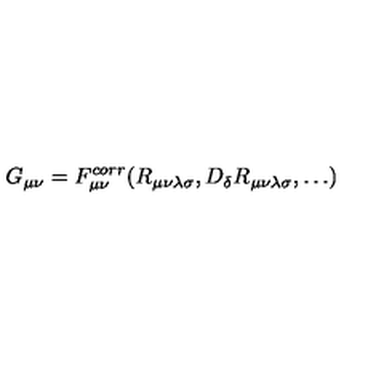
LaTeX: G _ { \mu \nu } = F _ { \mu \nu } ^ { c o r r } ( R _ { \mu \nu \lambda \sigma } , D _ { \delta } R _ { \mu \nu \lambda \sigma } , \dots )